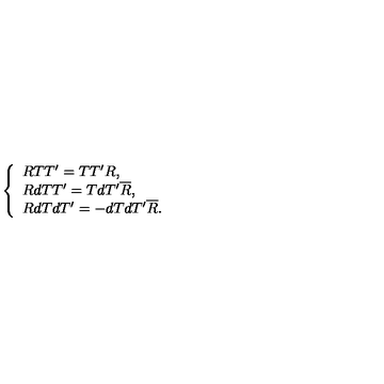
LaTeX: \left\{ \begin{array} { l } { R T T ^ { \prime } = T T ^ { \prime } R , } \\ { R d T T ^ { \prime } = T d T ^ { \prime } \overline { { R } } , } \\ { R d T d T ^ { \prime } = - d T d T ^ { \prime } \overline { { R } } . } \\ \end{array} \right.